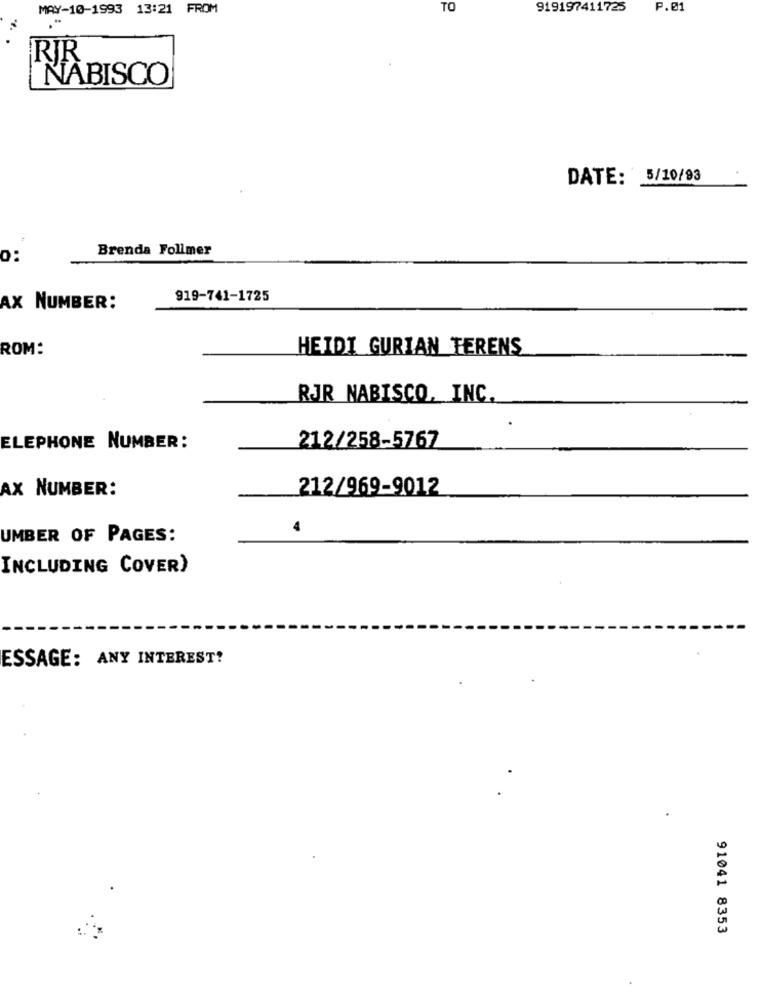
MAY-10-1993 13:21 FROM
TO
919197411723
P.01
RIR
NABISCO
DATE: 5/10/93
Brenda Follmer
0:
919-741-1725
AX NUMBER:
ROM:
HEIDI GURIAN TERENS
RJR NABISCO, INC.
212/258-5767
ELEPHONE NUMBER:
AX NUMBER:
212/969-9012
UMBER OF PAGES:
INCLUDING COVER)
ESSAGE: ANY INTEREST?
91041 8353